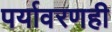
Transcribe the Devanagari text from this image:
पर्यावरणही